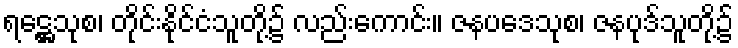
ရဋ္ဌေသုစ၊ တိုင်းနိုင်ငံသူတို့၌ လည်းကောင်း။ ဇနပဒေသုစ၊ ဇနပုဒ်သူတို့၌